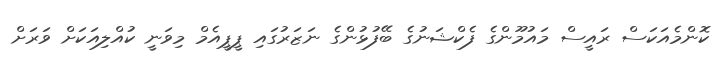
ކޮންމެއަކަސް ރައީސް މައުމޫންގެ ފެކްޝަނުގެ ބޭފުޅުންގެ ނަޒަރުގައި ޕީޕީއެމް މިވަނީ ކުއްލިއަކަށް ވަރަށް